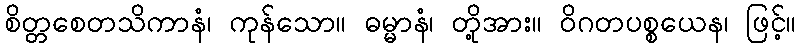
စိတ္တစေတသိကာနံ၊ ကုန်သော။ ဓမ္မာနံ၊ တို့အား။ ဝိဂတပစ္စယေန၊ ဖြင့်။